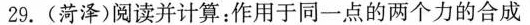
29. (菏泽 )阅读并计算：作用于同一点的两个力的合